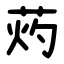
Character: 䓎